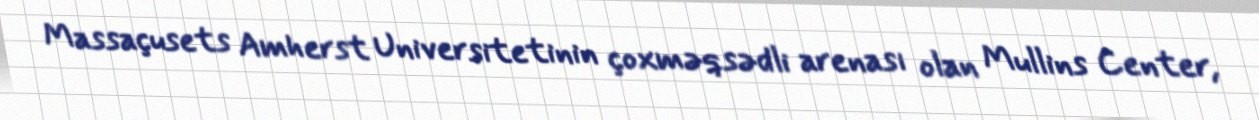
Massaçusets Amherst Universitetinin çoxməqsədli arenası olan Mullins Center,